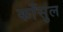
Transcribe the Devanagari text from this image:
काँसुल